Insane asylums in Bengal annual reports 1867-1875 - 1867-1875
Year: 1867
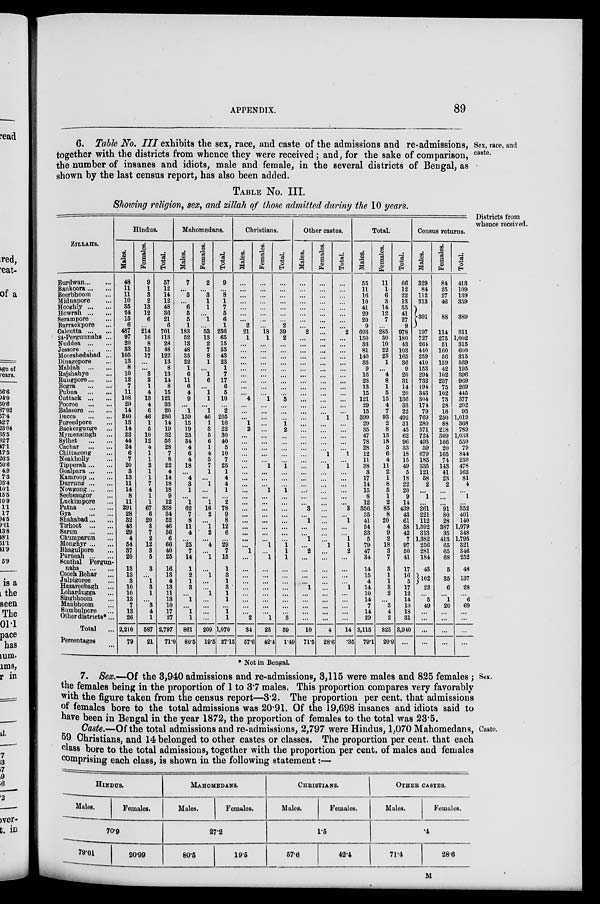
APPENDIX.
89
Sex, race, and
caste.
6. Table No. III exhibits the sex, race, and caste of the admissions and re-admissions,
together with the districts from whence they were received; and, for the sake of comparison,
the number of insanes and idiots, male and female, in the several districts of Bengal, as
shown by the last census report, has also been added.
TABLE No. III.
Showing religion, sex, and zillah of those admitted during the 10 years.
Districts from
whence received.
ZlLLAHS.
Burdwan ... ...
Bankoora ... ...
Beerbhoom ...
Midnapore ...
Hooghly ... ...
Howrah ... ...
Serampore ...
Barrackpore ...
Calcutta ... ...
24-Pergunnahs ...
Nuddea ... ...
Jessore
...
...
Moorshedabad ...
Dinagepore ...
Maldah ... ...
Rajshahye ...
Rungpore ... ...
Bogra
...
...
Pubna
...
...
Cuttack ... ...
Pooree ... ...
Balasore ... ...
Dacca
...
...
Fureedpore ...
Backergunge ...
Mymensingh ...
Sylhet
...
...
Cachar
...
...
Chittagong ...
Noakholly ...
Tipperah ... ...
Goalpara ... ...
Kamroop ... ...
Durrung ... ...
Nowgong ... ...
Seebsaugor ...
Luckimpore ...
Patna ... ...
Gya ... ...
Shahabad ... ...
Tirhoot ... ...
Sarun
...
...
Chumparun ...
Monghyr ... ...
Bhagulpore ...
Purneah ... ...
Sonthal Pergun-
nahs
...
...
Cooch Behar ...
Julpigoree ...
Hazareebagh ...
Lohardugga ...
Singbhoom ...
Manbhoom ...
Sumbulpore ...
Other districts* ...
Total ...
Percentages ...
Hindus.
Males.
48
11
11
10
35
24
15
6
487
97
20
33
105
13
8
10
12
7
11
108
29
14
240
13
14
22
44
24
6
7
20
3
13
11
14
8
11
291
28
32
43
29
4
54
37
20
13
13
3
10
10
13
7
13
26
2,210
79
Females.
9
1
3
2
13
12
6
...
214
16
8
15
17
...
...
3
2
1
4
13
4
6
46
1
5
10
12
4
1
1
2
1
1
7
4
1
1
67
6
20
3
7
2
12
3
5
3
...
1
3
1
...
3
4
1
587
21
Total.
57
12
14
12
48
36
21
6
701
113
2d
48
122
13
8
13
14
8
15
121
33
20
286
14
19
32
56
28
7
8
22
4
14
18
18
9
12
358
34
52
46
36
6
66
40
25
16
13
4
13
11
13
10
17
27
2,797
71.0
Mahomedans.
Males.
7
...
5
...
6
5
5
1
183
52
13
48
35
22
1
6
11
6
4
9
...
1
159
15
19
25
34
4
6
4
18
...
4
3
1
...
1
62
7
8
11
4
...
25
7
14
1
2
1
3
...
1
...
1
1
861
80.5
Females.
2
...
3
1
1
...
1
...
53
13
2
7
8
1
...
1
6
...
1
1
...
1
46
1
3
5
6
1
4
3
7
1
...
1
...
...
1
16
2
...
1
2
...
4
...
1
...
1
...
...
1
...
...
...
...
209
19.5
Total.
9
...
8
1
7
5
6
1
236
65
15
55
43
23
1
7
17
6
5
10
...
2
205
16
22
30
40
5
10
7
25
1
4
4
1
...
2
78
9
8
12
6
...
29
7
15
1
3
1
3
1
1
...
1
1
1,070
27.15
Christians.
Males.
...
...
...
...
...
...
...
2
21
1
...
...
...
...
...
...
...
...
...
4
...
...
...
1
2
...
...
...
...
...
...
...
...
...
...
...
...
...
...
...
...
...
...
...
1
...
...
...
...
...
...
...
...
...
2
34
57.6
Females.
...
...
...
...
...
...
...
...
18
1
...
...
...
...
...
...
...
...
...
1
...
...
...
...
...
...
...
...
...
...
1
...
...
...
1
...
...
...
...
...
...
...
...
1
...
1
...
...
...
...
...
...
...
...
1
25
42.4
Total.
...
...
...
...
...
...
...
2
39
2
...
...
...
...
...
...
...
...
...
5
...
...
...
1
2
...
...
...
...
...
...
...
...
...
1
...
...
...
...
...
...
...
...
1
1
1
...
...
...
...
...
...
...
...
3
59
1.49
Other castes.
Males.
...
...
...
...
...
...
...
...
2
...
...
...
...
...
...
...
...
...
...
...
...
...
...
...
...
...
...
...
...
...
...
...
...
...
...
...
...
3
...
1
...
...
1
...
2
...
...
...
...
1
...
...
...
...
...
10
71.5
Females.
...
...
...
...
...
...
...
...
...
...
...
...
...
...
...
...
...
...
...
...
...
...
1
...
...
...
...
...
1
...
1
...
...
...
...
...
...
...
...
...
...
...
...
1
...
...
...
...
...
...
...
...
...
...
...
4
28.6
Total.
...
...
...
...
...
...
...
...
2
...
...
...
...
...
...
...
...
...
...
...
...
...
1
...
...
...
...
...
1
...
1
...
...
...
...
...
...
3
...
1
...
...
1
1
2
...
...
...
...
1
...
...
...
...
...
14
.35
Total.
Males.
55
11
16
10
41
29
20
9
693
150
33
81
140
35
9
16
23
13
15
121
29
15
399
29
35
47
78
28
12
11
38
3
17
14
15
8
12
356
35
41
54
33
5
79
47
34
14
15
4
14
10
14
7
14
29
3,115
79.1
Females.
11
1
6
3
14
12
7
...
285
30
10
22
25
1
...
4
8
1
5
15
4
7
93
2
8
15
18
5
6
4
11
2
1
8
5
1
2
83
8
20
4
9
2
18
3
7
3
1
1
3
2
...
3
4
2
825
20.9
Total.
66
12
22
13
55
41
27
9
978
180
43
103
165
36
9
20
31
14
20
136
33
22
492
31
43
62
96
33
18
15
49
5
18
22
20
9
14
439
43
61
58
42
7
97
50
41
17
16
5
17
12
14
10
18
31
3,940
...
Census returns.
Males.
329
84
112
313
301
197
727
264
440
259
410
153
294
732
194
343
304
174
79
769
280
571
724
493
59
679
185
335
121
58
2
...
1
...
261
221
112
1,592
313
1,382
256
281
184
43
102
22
...
5
49
...
...
...
...
Females.
84
25
27
46
88
114
275
51
160
56
159
42
102
237
75
102
73
28
16
250
88
218
309
166
20
165
74
143
41
23
2
...
...
...
91
80
28
387
35
413
65
65
68
5
35
6
...
1
20
...
...
...
...
Total.
413
109
139
359
389
311
1,002
315
600
315
569
195
396
969
269
445
377
202
95
1,019
368
789
1,033
559
79
844
259
478
162
81
4
...
1
...
352
401
140
1,979
348
1,795
321
346
252
48
137
28
...
6
69
...
...
...
...
* Not in Bengal.
Sex.
7. Sex.—Of the 3,940 admissions and re-admissions, 3,115 were males and 825 females;
the females being in the proportion of 1 to 3.7 males. This proportion compares very favorably
with the figure taken from the census report—3.2. The proportion per cent. that admissions
of females bore to the total admissions was 20.91. Of the 19,698 insanes and idiots said to
have been in Bengal in the year 1872. the proportion of females to the total was 23.5.
Caste.
Caste.—Of the total admissions and re-admissions, 2,797 were Hindus, 1,070 Mahomedans,
59 Christians, and 14 belonged to other castes or classes. The proportion per cent. that each
class bore to the total admissions, together with the proportion per cent. of males and females
comprising each class, is shown in the following statement:—
HINDUS.
Males.
Females.
70.9
79.01
20.99
MAHOMEDANS.
Males.
Females.
27.2
80.5
19.5
CHRISTIANS.
Males.
Females.
1.5
57.6
42.4
OTHER CASTES.
Males.
Females.
.4
71.4
28.6
M